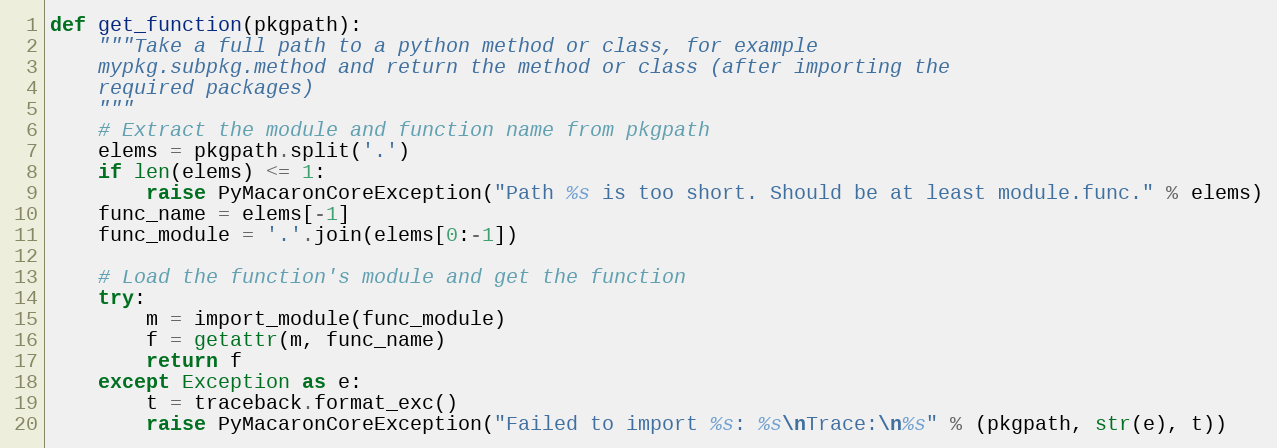
Language: Python
def get_function(pkgpath):
    """Take a full path to a python method or class, for example
    mypkg.subpkg.method and return the method or class (after importing the
    required packages)
    """
    # Extract the module and function name from pkgpath
    elems = pkgpath.split('.')
    if len(elems) <= 1:
        raise PyMacaronCoreException("Path %s is too short. Should be at least module.func." % elems)
    func_name = elems[-1]
    func_module = '.'.join(elems[0:-1])

    # Load the function's module and get the function
    try:
        m = import_module(func_module)
        f = getattr(m, func_name)
        return f
    except Exception as e:
        t = traceback.format_exc()
        raise PyMacaronCoreException("Failed to import %s: %s\nTrace:\n%s" % (pkgpath, str(e), t))